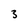
Character: 3